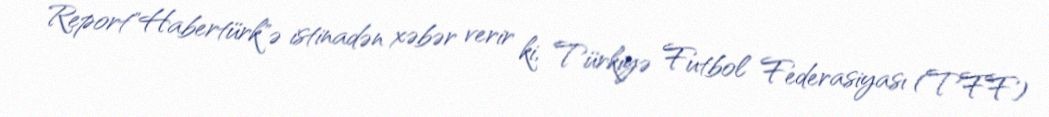
Report"Habertürk"ə istinadən xəbər verir ki, Türkiyə Futbol Federasiyası (TFF)